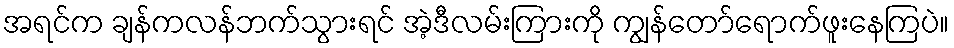
အရင်က ချန်ကလန်ဘက်သွားရင် အဲ့ဒီလမ်းကြားကို ကျွန်တော်ရောက်ဖူးနေကြပဲ။